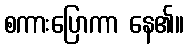
စကားပြောကာ နေ၏။